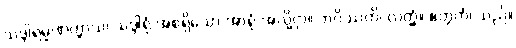
သဒ္ဒါရမ္မဏတ္ထာယ၊ သဒ္ဒါရုံ အစရှိသော အာရုံ အလို့ငှာ။ ဘဝိဿတိ၊ လတ္တံ့။ ဧတ္တကံ၊ သည်။